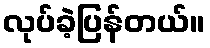
လုပ်ခဲ့ပြန်တယ်။